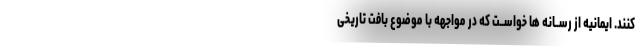
کنند. ایمانیه از رســانه ها خواســت که در مواجهه با موضوع بافت تاریخی